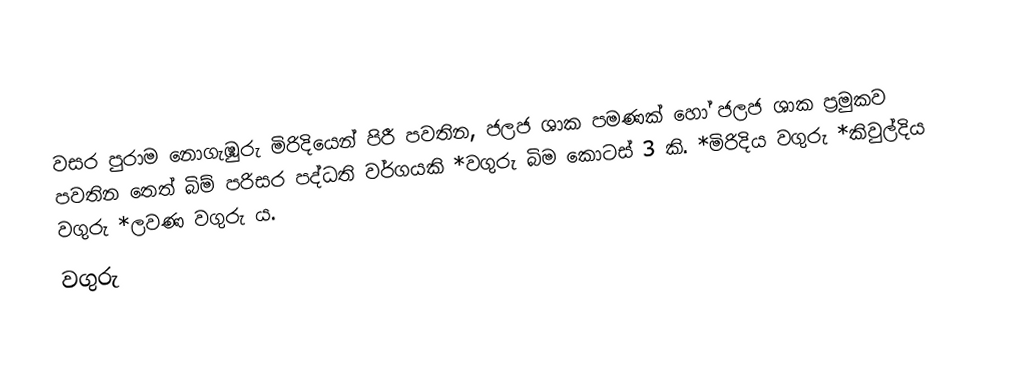
වසර පුරාම නොගැඹුරු මිරිදියෙන් පිරී පවතින, ජලජ ශාක පමණක් හෝ ජලජ ශාක ප්‍රමුකව පවතින තෙත් බිම් පරිසර පද්ධති වර්ගයකි                                                      *වගුරු බිම කොටස් 3 කි.                                                                                                                                                                  *මිරිදිය වගුරු                                                                                                                                                                        *කිවුල්දිය වගුරු                                                                                                                                                                      *ලවණ වගුරු ය.
වගුරු